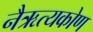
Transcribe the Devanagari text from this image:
नैऋत्यकोण